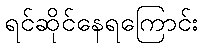
ရင်ဆိုင်နေရကြောင်း